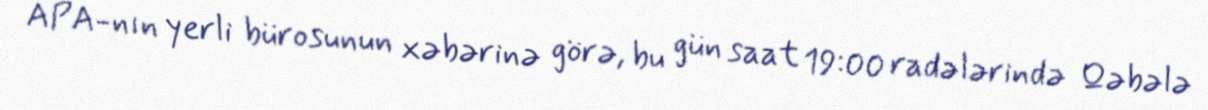
APA-nın yerli bürosunun xəbərinə görə, bu gün saat 19:00 radələrində Qəbələ